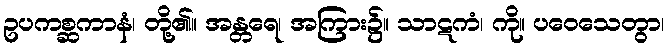
ဥပကစ္ဆကာနံ၊ တို့၏။ အန္တရေ၊ အကြား၌။ သာဋကံ၊ ကို။ ပဝေသေတွာ၊